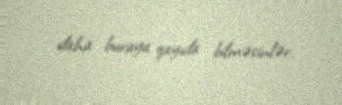
daha buraya qayıda bilməsinlər.